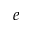
^ e